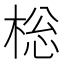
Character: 棇